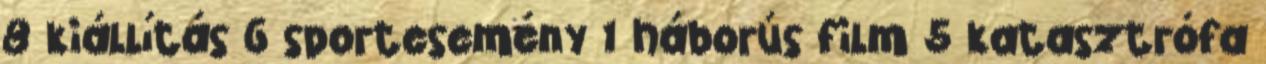
8 kiállítás 6 sportesemény 1 háborús film 5 katasztrófa